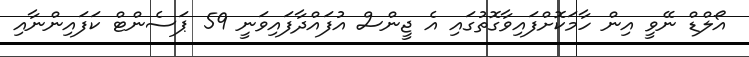
އޯލްޑް ނޭވީ އިން ހާމަކޮށްފައިވާގޮތުގައި އެ ޖީންސް އުފައްދާފައިވަނީ 59 ޕަސެންޓް ކަފައިންނާއި